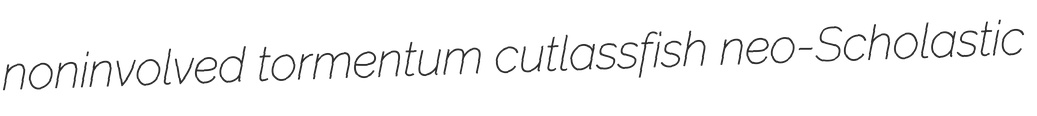
noninvolved tormentum cutlassfish neo-Scholastic